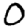
Digit: 0